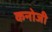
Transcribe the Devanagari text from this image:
कनोजी